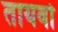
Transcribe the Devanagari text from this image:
तायवो